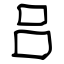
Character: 吕